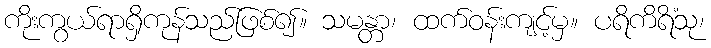
ကိုးကွယ်ရာရှိကုန်သည်ဖြစ်၍။ သမန္တာ၊ ထက်ဝန်းကျင့်မှ။ ပရိကိရိံသု၊